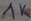
Text: 1K